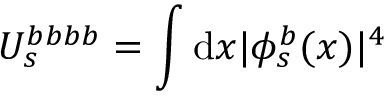
U _ { s } ^ { b b b b } = \int \mathrm { d } x | \phi _ { s } ^ { b } ( x ) | ^ { 4 }